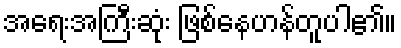
အရေးအကြီးဆုံး ဖြစ်နေဟန်တူပါ၏။